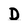
Character: D